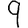
Digit: 9